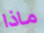
ماذا